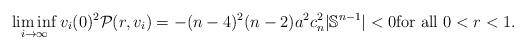
LaTeX: \begin{align*}\liminf_{i\to \infty} v_i(0)^2\mathcal{P}(r,v_i)=-(n-4)^2(n-2)a^2c_n^2 |\mathbb{S}^{n-1}|<0\mbox{for all }0<r<1.\end{align*}